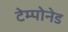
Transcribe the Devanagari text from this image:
टेम्पोनेड